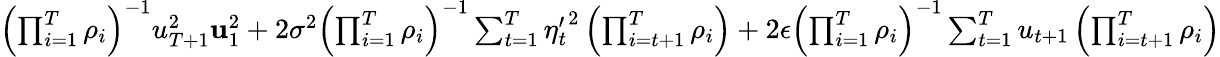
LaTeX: \begin{array}{r}{\left(\prod_{i=1}^{T}\rho_{i}\right)^{-1}u_{T+1}^{2}\le u_{1}^{2}+2\sigma^{2}\left(\prod_{i=1}^{T}\rho_{i}\right)^{-1}\sum_{t=1}^{T}{\eta_{t}^{\prime}}^{2}\left(\prod_{i=t+1}^{T}\rho_{i}\right)+2\epsilon\left(\prod_{i=1}^{T}\rho_{i}\right)^{-1}\sum_{t=1}^{T}u_{t+1}\left(\prod_{i=t+1}^{T}\rho_{i}\right)}\end{array}